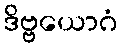
ဒိဗ္ဗယောဂံ